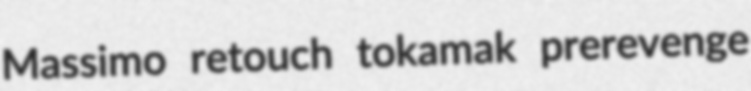
Massimo retouch tokamak prerevenge